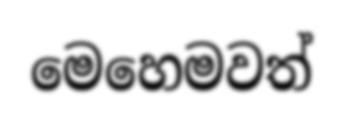
මෙහෙමවත්